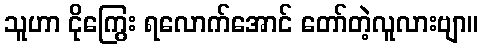
သူဟာ ငိုကြွေး ရလောက်အောင် တော်တဲ့လူလားဗျာ။